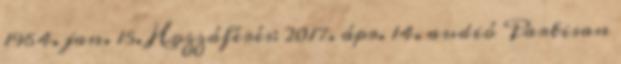
1964. jan. 15. Hozzáférés: 2017. ápr. 14. audió Partisan